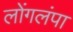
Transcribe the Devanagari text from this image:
लोंगलंपा